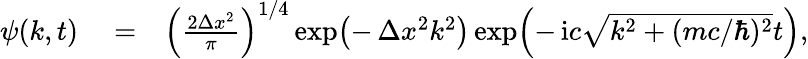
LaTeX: \begin{array}{rlr}{\psi(k,t)}&{{}=}&{\left(\frac{2\Delta x^{2}}{\pi}\right)^{1/4}\exp\! \left(-\, \Delta x^{2}k^{2}\right)\exp\! \left(-\, \mathrm{i}c\sqrt{k^{2}+(mc/\hbar)^{2}}t\right),}\end{array}